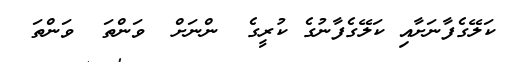
ކަލޭގެފާނަށާއި ކަލޭގެފާނުގެ ކުރީގެ  ންނަށް  ވަންތަ  ވަންތަ